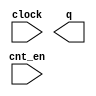
module zxw_counter (
	clock,
	cnt_en,
	q);

	input	  clock;
	input	  cnt_en;
	output	[15:0]  q;

endmodule